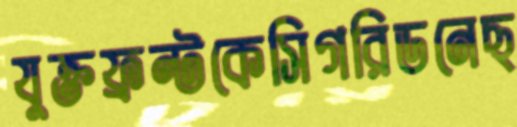
যুক্তফ্রন্টকেসিগরিডনেছ